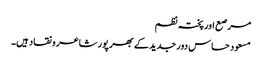
مرصع اور پختہ نظم
مسعود حساس دور جدید کے بھر پور شاعر و نقاد ہیں۔